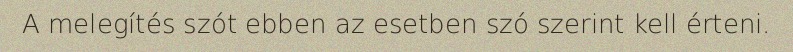
A melegítés szót ebben az esetben szó szerint kell érteni.